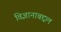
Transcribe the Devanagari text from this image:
विज्ञानाबद्दल